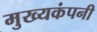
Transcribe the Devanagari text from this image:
मुख्यकंपनी